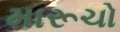
મારૂચો